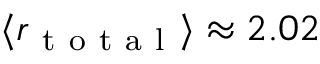
\langle r _ { \mathrm { ~ t ~ o ~ t ~ a ~ l ~ } } \rangle \approx 2 . 0 2